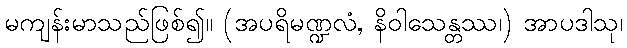
မကျန်းမာသည်ဖြစ်၍။ (အပရိမဏ္ဍလံ, နိဝါသေန္တဿ၊) အာပဒါသု၊